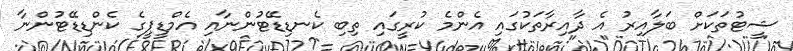
ޝީޓުތަކަށް ބަލާއިރު އެ ދާއިރާތަކުގައި އެންމެ ކުރީގައި ތިބި ކެނޑިޑޭޓުންނާއި އެމްޑީޕީގެ ކެންޑިޑޭޓުންނާ